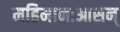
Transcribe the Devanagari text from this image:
महिमानःआसन्